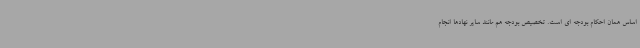
اساس همان احکام بودجه ای است. تخصیص بودجه هم مانند سایر نهادها انجام